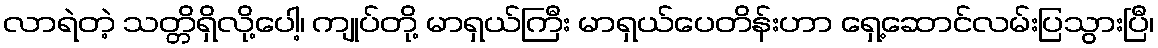
လာရဲတဲ့ သတ္တိရှိလို့ပေါ့၊ ကျုပ်တို့ မာရှယ်ကြီး မာရှယ်ပေတိန်းဟာ ရှေ့ဆောင်လမ်းပြသွားပြီ၊